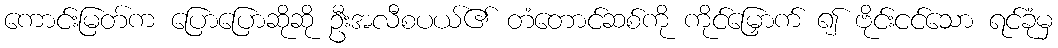
ကောင်းမြတ်က ပြောပြောဆိုဆို ဦးအလီစပယ်၏ တံတောင်ဆစ်ကို ကိုင်မြှောက် ၍ ဗိုင်းငင်သော ရင်ခုံမှ